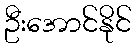
ဦးအောင်နိုင်